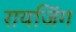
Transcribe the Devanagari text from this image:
रायजिंग